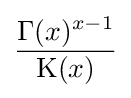
{\frac {\Gamma (x)^{x-1}}{\operatorname {K} (x)}}